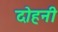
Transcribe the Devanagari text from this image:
दोहनी